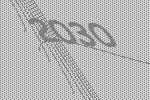
2030